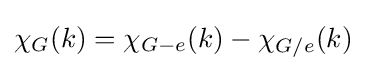
\chi _{G}(k)=\chi _{G-e}(k)-\chi _{G/e}(k)